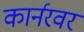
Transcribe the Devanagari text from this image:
कार्नरवर